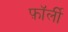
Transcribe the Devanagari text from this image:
फ़ॉर्ली